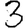
Digit: 3